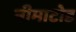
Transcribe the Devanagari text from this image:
नीमाटोड